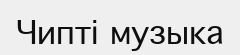
Чипті музыка